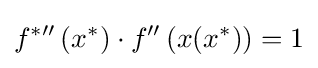
f^{{*}\prime \prime }\left(x^{*}\right)\cdot f^{\prime \prime }\left(x(x^{*})\right)=1